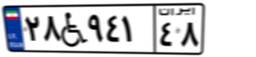
۰۲W۲۳۲۴۵